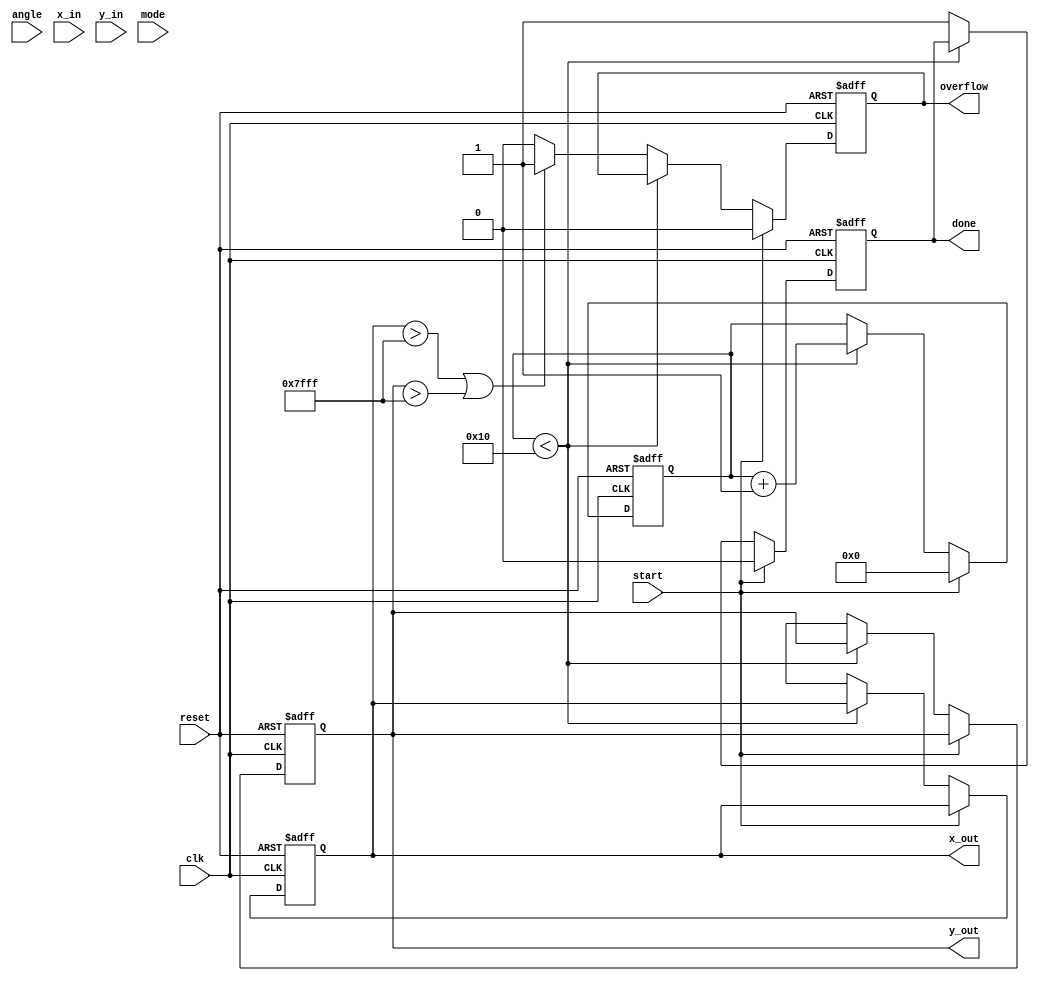
module cordic (
    input wire clk,
    input wire reset,
    input wire [15:0] angle, // Input angle in radians (fixed-point representation)
    input wire [15:0] x_in,  // Input X coordinate
    input wire [15:0] y_in,  // Input Y coordinate
    input wire mode,         // Mode: 0 for rotation, 1 for vectoring
    input wire start,        // Start signal for the operation
    output reg [15:0] x_out, // Output X coordinate
    output reg [15:0] y_out, // Output Y coordinate
    output reg done,         // Operation completion flag
    output reg overflow       // Overflow flag
);

    // Parameters
    parameter NUM_ITERATIONS = 16; // Number of iterations for CORDIC
    parameter FIXED_POINT_SCALE = 16'h10000; // Scaling factor for fixed-point representation

    // Internal signals
    reg [15:0] x [0:NUM_ITERATIONS-1]; // X coordinates for each iteration
    reg [15:0] y [0:NUM_ITERATIONS-1]; // Y coordinates for each iteration
    reg [15:0] angle_table [0:NUM_ITERATIONS-1]; // Lookup table for arctangent values
    reg [3:0] iteration; // Current iteration counter
    reg direction; // Direction of rotation
    reg [15:0] theta; // Current angle

    // Initialize angle lookup table (arctan(2^-i))
    initial begin
        angle_table[0] = 16'h2000; // atan(1) = 45 degrees
        angle_table[1] = 16'h1000; // atan(0.5)
        angle_table[2] = 16'h0800; // atan(0.25)
        angle_table[3] = 16'h0400; // atan(0.125)
        // ... Fill in the rest of the table ...
        angle_table[NUM_ITERATIONS-1] = 16'h0001; // Smallest angle
    end

    // Control Unit
    always @(posedge clk or posedge reset) begin
        if (reset) begin
            iteration <= 0;
            done <= 0;
            overflow <= 0;
            x_out <= 0;
            y_out <= 0;
        end else if (start) begin
            // Initialize inputs
            x[0] <= x_in;
            y[0] <= y_in;
            theta <= angle;
            iteration <= 0;
            done <= 0;
            overflow <= 0;
        end else if (iteration < NUM_ITERATIONS) begin
            // CORDIC rotation logic
            direction <= (theta < 0) ? 1'b1 : 1'b0; // Determine direction
            if (direction) begin
                x[iteration + 1] <= x[iteration] + (y[iteration] >>> iteration);
                y[iteration + 1] <= y[iteration] - (x[iteration] >>> iteration);
                theta <= theta + angle_table[iteration];
            end else begin
                x[iteration + 1] <= x[iteration] - (y[iteration] >>> iteration);
                y[iteration + 1] <= y[iteration] + (x[iteration] >>> iteration);
                theta <= theta - angle_table[iteration];
            end
            iteration <= iteration + 1;
        end else begin
            // Output results
            x_out <= x[NUM_ITERATIONS];
            y_out <= y[NUM_ITERATIONS];
            done <= 1;
            // Check for overflow conditions (example condition)
            if (x_out > 16'h7FFF || y_out > 16'h7FFF) begin
                overflow <= 1;
            end else begin
                overflow <= 0;
            end
        end
    end

endmodule